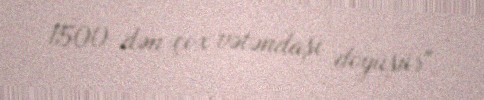
1500-dən çox vətəndaşı döyüşür".